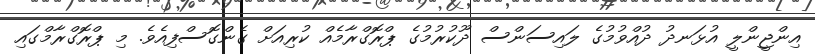
އިންޖީންލީ އުޅަނދު ދުއްވުމުގެ ލައިސަންސް ދޫކުރުމުގެ ޕްރޮގްރާމެއް ކުރިއަށް ގެންގޮސްފިއެވެ. މި ޕްރޮގްރާމްގައި